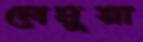
লেমুয়া